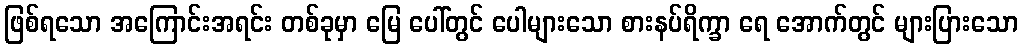
ဖြစ်ရသော အကြောင်းအရင်း တစ်ခုမှာ မြေ ပေါ်တွင် ပေါများသော စားနပ်ရိက္ခာ ရေ အောက်တွင် များပြားသော